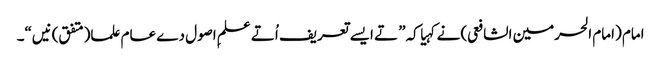
امام (امام الحرمین الشافعی) نے کہیا کہ” تے ایس‏ے تعریف اُتے علمِ اصول دے عام علما(متفق)نیں“۔